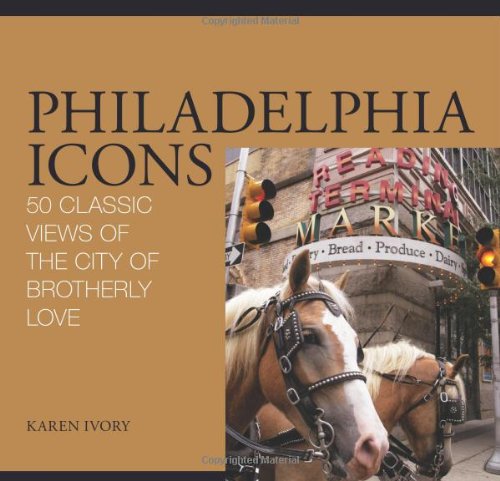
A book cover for Philadelphia Icons: 50 Classic Views of the City of Brotherly Love; Karen Ivory; Travel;